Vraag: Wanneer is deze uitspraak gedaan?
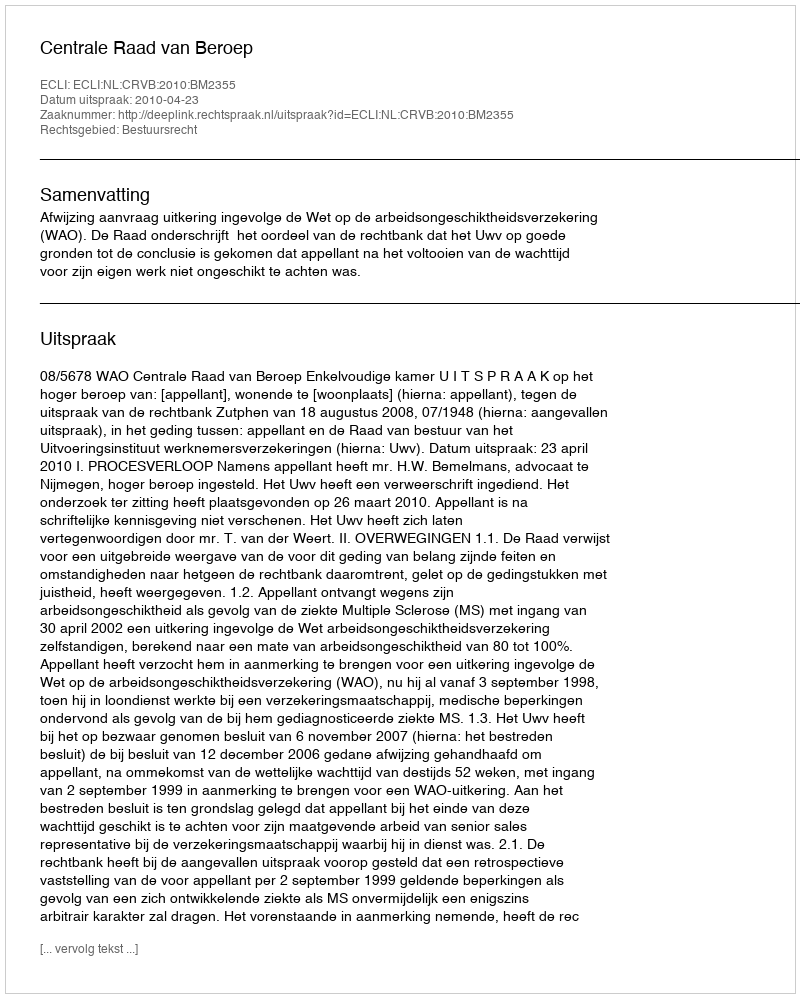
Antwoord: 2010-04-23